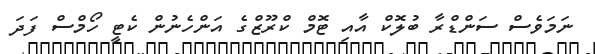
ނަމަވެސް ސަންޑްރާ ބުލޮކް އާއި ޓޮމް ކްރޫޒްގެ އަންހެނުން ކެޓީ ހޯމްސް ފަދަ